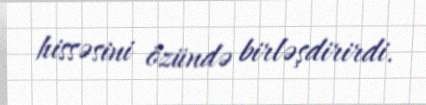
hissəsini özündə birləşdirirdi.